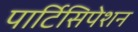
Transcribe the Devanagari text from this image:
पार्टिसिपेशन